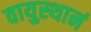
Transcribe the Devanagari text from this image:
वायुस्थानं